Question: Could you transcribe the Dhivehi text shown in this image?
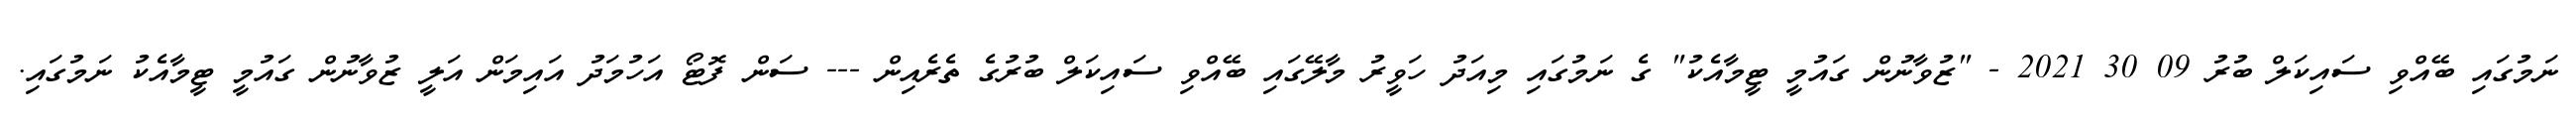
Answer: ނަމުގައި ބޭއްވި ސައިކަލް ބުރު 09 30 2021 - "ޒުވާނުން ގައުމީ ޓީމާއެކު" ގެ ނަމުގައި މިއަދު ހަވީރު މާލޭގައި ބޭއްވި ސައިކަލް ބުރުގެ ތެރެއިން --- ސަން ފޮޓޯ އަހުމަދު އައިމަން އަލީ ޒުވާނުން ގައުމީ ޓީމާއެކު ނަމުގައި.